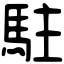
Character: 駐